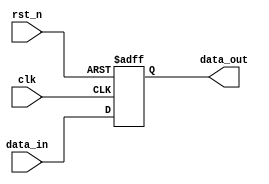
module behavioral_register (
    input wire clk,          // Clock input
    input wire rst_n,       // Active low reset
    input wire [7:0] data_in, // 8-bit input data
    output reg [7:0] data_out // 8-bit output data
);

// Sequential logic block sensitive to the positive edge of the clock
always @(posedge clk or negedge rst_n) begin
    if (!rst_n) begin
        // Initialization logic: reset output to known value
        data_out <= 8'b0; // Reset output to 0 on reset
    end else begin
        // State updates: assign input data to output on clock edge
        data_out <= data_in; // Update output with input data
    end
end

endmodule